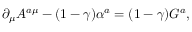
\partial _ { \mu } A ^ { a \mu } - ( 1 - \gamma ) \alpha ^ { a } = ( 1 - \gamma ) G ^ { a } ,